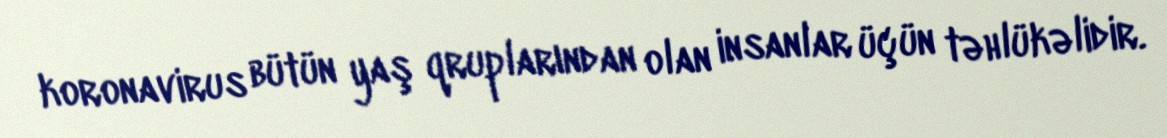
koronavirus bütün yaş qruplarından olan insanlar üçün təhlükəlidir.